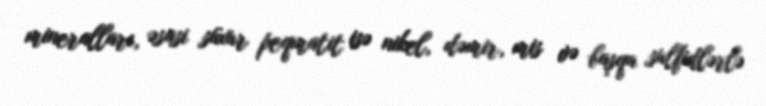
mineralları, əsasi süxur peqmatit isə nikel, dəmir, mis və başqa sulfidlərlə